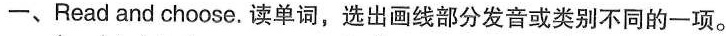
一、Read and choose.读单词,选出画线部分发音或类别不同的一项.